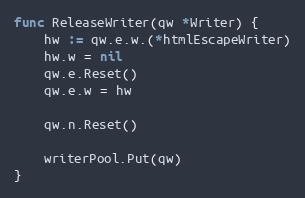
Language: Go
func ReleaseWriter(qw *Writer) {
	hw := qw.e.w.(*htmlEscapeWriter)
	hw.w = nil
	qw.e.Reset()
	qw.e.w = hw

	qw.n.Reset()

	writerPool.Put(qw)
}